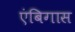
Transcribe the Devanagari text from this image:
एंबिगास